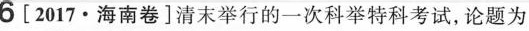
6[2017.海南卷]清末举行的一次科举特科考试，论题为